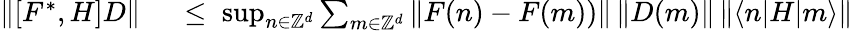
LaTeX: \begin{array}{rl}{\| [F^{*},H]D\| }&{{}\; \leq\; \operatorname*{sup}_{n\in{\mathbb Z}^{d}}\sum_{m\in{\mathbb Z}^{d}}\| F(n)-F(m))\| \, \| D(m)\| \, \| \langle n|H|m\rangle\| }\end{array}